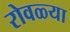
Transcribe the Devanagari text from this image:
रोवळ्या